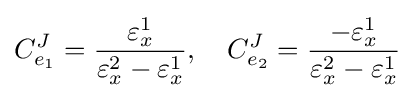
C_{e_{1}}^{J}={\frac {\varepsilon _{x}^{1}}{\varepsilon _{x}^{2}-\varepsilon _{x}^{1}}},\quad C_{e_{2}}^{J}={\frac {-\varepsilon _{x}^{1}}{\varepsilon _{x}^{2}-\varepsilon _{x}^{1}}}